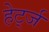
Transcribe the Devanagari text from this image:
हेर्ट्ज